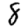
Digit: 8